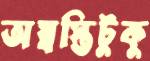
অস্বস্তিটুকু